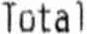
TOTAL